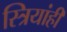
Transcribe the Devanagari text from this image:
स्त्रियांही